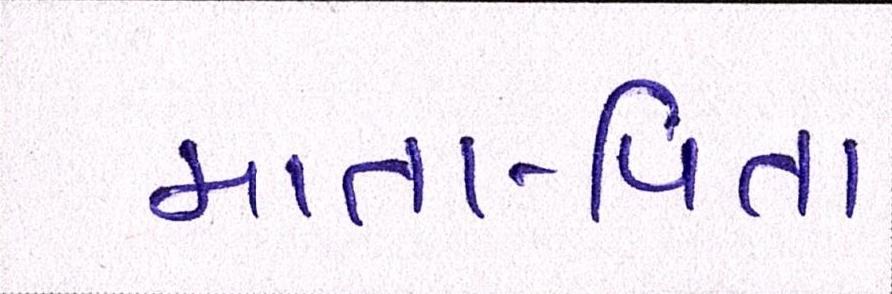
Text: માતા-પિતા